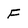
Character: F